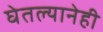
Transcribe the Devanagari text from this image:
घेतल्यानेही